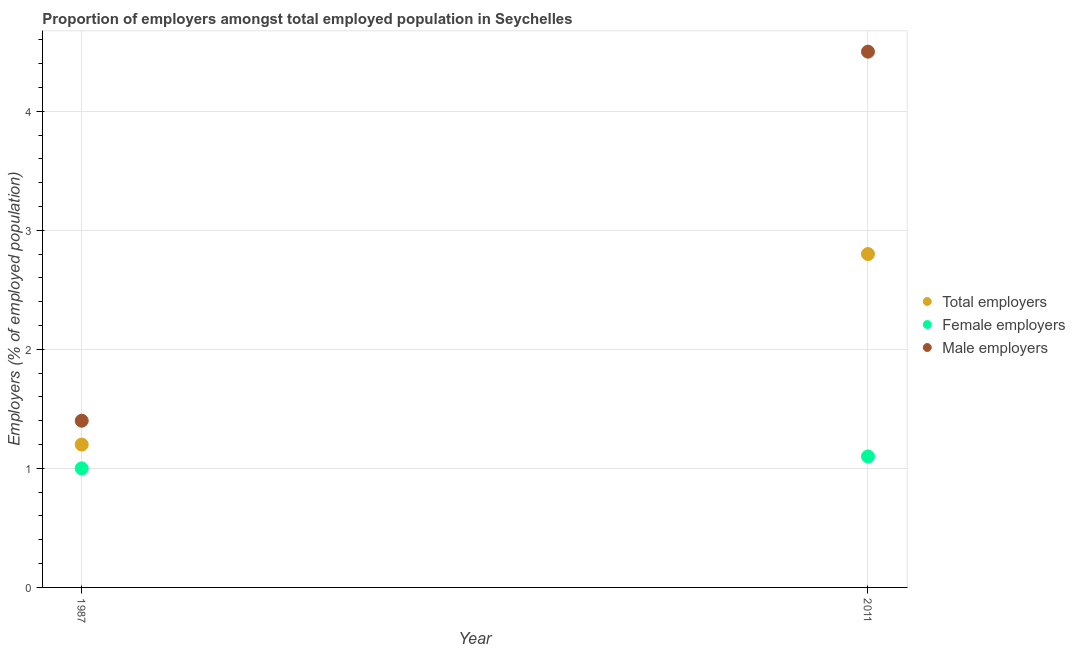
| Year | Total employers | Female employers | Male employers |
 | --- | --- | --- | --- |
 | 1987 | 1.2 | 1 | 1.4 |
 | 2011 | 2.8 | 1.1 | 4.5 |